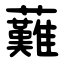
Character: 䕼